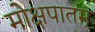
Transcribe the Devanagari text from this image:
मोक्षपातम्